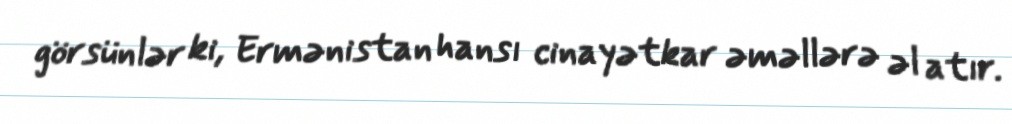
görsünlər ki, Ermənistan hansı cinayətkar əməllərə əl atır.